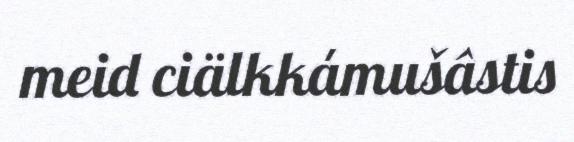
meid ciälkkámušâstis